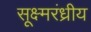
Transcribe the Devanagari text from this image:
सूक्ष्मरंध्रीय